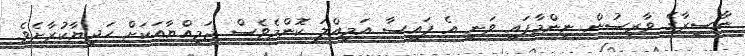
ނާސިރާގެ ވާރިސުން ނިންމާފައި ވަނީ އެ ފައިސާ އަމިއްލަ ކޮންމެވެސް ޖަމިއްޔާއަކަށް ހަދިޔާކުރާށެވެ.